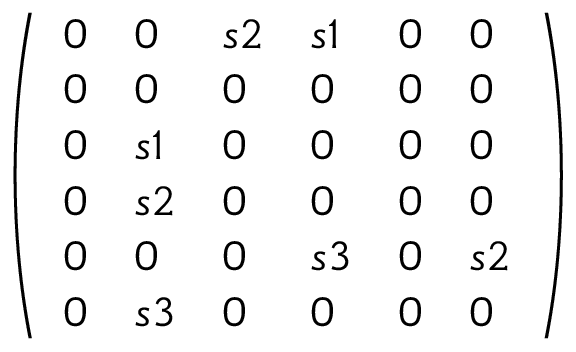
\left( \begin{array} { l l l l l l } { { 0 } } & { { 0 } } & { { s 2 } } & { { s 1 } } & { { 0 } } & { { 0 } } \\ { { 0 } } & { { 0 } } & { { 0 } } & { { 0 } } & { { 0 } } & { { 0 } } \\ { { 0 } } & { { s 1 } } & { { 0 } } & { { 0 } } & { { 0 } } & { { 0 } } \\ { { 0 } } & { { s 2 } } & { { 0 } } & { { 0 } } & { { 0 } } & { { 0 } } \\ { { 0 } } & { { 0 } } & { { 0 } } & { { s 3 } } & { { 0 } } & { { s 2 } } \\ { { 0 } } & { { s 3 } } & { { 0 } } & { { 0 } } & { { 0 } } & { { 0 } } \end{array} \right)